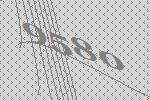
9580